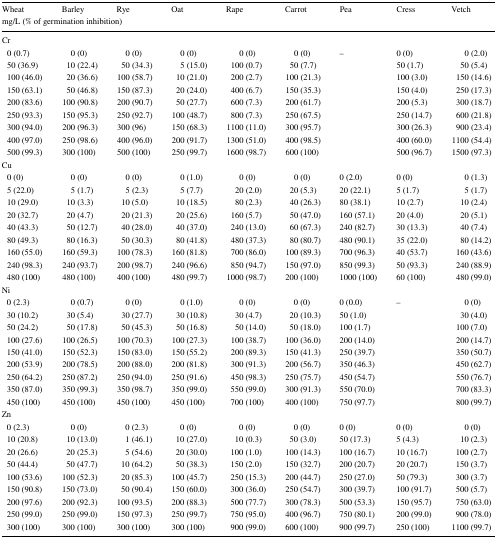
<table><thead><tr><td><b>Wheat</b></td><td><b>Barley</b></td><td><b>Rye</b></td><td><b>Oat</b></td><td><b>Rape</b></td><td><b>Carrot</b></td><td><b>Pea</b></td><td><b>Cress</b></td><td><b>Vetch</b></td></tr><tr><td colspan="9"><b>mg/L (% of germination inhibition)</b></td></tr></thead><tbody><tr><td colspan="9">Cr</td></tr><tr><td> 0 (0.7)</td><td>0 (0)</td><td>0 (0)</td><td>0 (0)</td><td>0 (0)</td><td>0 (0)</td><td>–</td><td>0 (0)</td><td>0 (2.0)</td></tr><tr><td> 50 (36.9)</td><td>10 (22.4)</td><td>50 (34.3)</td><td>5 (15.0)</td><td>100 (0.7)</td><td>50 (7.7)</td><td></td><td>50 (1.7)</td><td>50 (5.4)</td></tr><tr><td> 100 (46.0)</td><td>20 (36.6)</td><td>100 (58.7)</td><td>10 (21.0)</td><td>200 (2.7)</td><td>100 (21.3)</td><td></td><td>100 (3.0)</td><td>150 (14.6)</td></tr><tr><td> 150 (63.1)</td><td>50 (46.8)</td><td>150 (87.3)</td><td>20 (24.0)</td><td>400 (6.7)</td><td>150 (35.3)</td><td></td><td>150 (4.0)</td><td>250 (17.3)</td></tr><tr><td> 200 (83.6)</td><td>100 (90.8)</td><td>200 (90.7)</td><td>50 (27.7)</td><td>600 (7.3)</td><td>200 (61.7)</td><td></td><td>200 (5.3)</td><td>300 (18.7)</td></tr><tr><td> 250 (93.3)</td><td>150 (95.3)</td><td>250 (92.7)</td><td>100 (48.7)</td><td>800 (7.3)</td><td>250 (67.5)</td><td></td><td>250 (14.7)</td><td>600 (21.8)</td></tr><tr><td> 300 (94.0)</td><td>200 (96.3)</td><td>300 (96)</td><td>150 (68.3)</td><td>1100 (11.0)</td><td>300 (95.7)</td><td></td><td>300 (26.3)</td><td>900 (23.4)</td></tr><tr><td> 400 (97.0)</td><td>250 (98.6)</td><td>400 (96.0)</td><td>200 (91.7)</td><td>1300 (51.0)</td><td>400 (98.5)</td><td></td><td>400 (60.0)</td><td>1100 (54.4)</td></tr><tr><td> 500 (99.3)</td><td>300 (100)</td><td>500 (100)</td><td>250 (99.7)</td><td>1600 (98.7)</td><td>600 (100)</td><td></td><td>500 (96.7)</td><td>1500 (97.3)</td></tr><tr><td colspan="9">Cu</td></tr><tr><td> 0 (0)</td><td>0 (0)</td><td>0 (0)</td><td>0 (1.0)</td><td>0 (0)</td><td>0 (0)</td><td>0 (2.0)</td><td>0 (0)</td><td>0 (1.3)</td></tr><tr><td> 5 (22.0)</td><td>5 (1.7)</td><td>5 (2.3)</td><td>5 (7.7)</td><td>20 (2.0)</td><td>20 (5.3)</td><td>20 (22.1)</td><td>5 (1.7)</td><td>5 (1.7)</td></tr><tr><td> 10 (29.0)</td><td>10 (3.3)</td><td>10 (5.0)</td><td>10 (18.5)</td><td>80 (2.3)</td><td>40 (26.3)</td><td>80 (38.1)</td><td>10 (2.7)</td><td>10 (2.4)</td></tr><tr><td> 20 (32.7)</td><td>20 (4.7)</td><td>20 (21.3)</td><td>20 (25.6)</td><td>160 (5.7)</td><td>50 (47.0)</td><td>160 (57.1)</td><td>20 (4.0)</td><td>20 (5.1)</td></tr><tr><td> 40 (43.3)</td><td>50 (12.7)</td><td>40 (28.0)</td><td>40 (37.0)</td><td>240 (13.0)</td><td>60 (67.3)</td><td>240 (82.7)</td><td>30 (13.3)</td><td>40 (7.4)</td></tr><tr><td> 80 (49.3)</td><td>80 (16.3)</td><td>50 (30.3)</td><td>80 (41.8)</td><td>480 (37.3)</td><td>80 (80.7)</td><td>480 (90.1)</td><td>35 (22.0)</td><td>80 (14.2)</td></tr><tr><td> 160 (55.0)</td><td>160 (59.3)</td><td>100 (78.3)</td><td>160 (81.8)</td><td>700 (86.0)</td><td>100 (89.3)</td><td>700 (96.3)</td><td>40 (53.7)</td><td>160 (43.6)</td></tr><tr><td> 240 (98.3)</td><td>240 (93.7)</td><td>200 (98.7)</td><td>240 (96.6)</td><td>850 (94.7)</td><td>150 (97.0)</td><td>850 (99.3)</td><td>50 (93.3)</td><td>240 (88.9)</td></tr><tr><td> 480 (100)</td><td>480 (100)</td><td>400 (100)</td><td>480 (99.7)</td><td>1000 (98.7)</td><td>200 (100)</td><td>1000 (100)</td><td>60 (100)</td><td>480 (99.0)</td></tr><tr><td colspan="9">Ni</td></tr><tr><td> 0 (2.3)</td><td>0 (0.7)</td><td>0 (0)</td><td>0 (1.0)</td><td>0 (0)</td><td>0 (0)</td><td>0 (0.0)</td><td>–</td><td>0 (0)</td></tr><tr><td> 30 (10.2)</td><td>30 (5.4)</td><td>30 (27.7)</td><td>30 (10.8)</td><td>30 (4.7)</td><td>20 (10.3)</td><td>50 (1.0)</td><td></td><td>30 (4.0)</td></tr><tr><td> 50 (24.2)</td><td>50 (17.8)</td><td>50 (45.3)</td><td>50 (16.8)</td><td>50 (14.0)</td><td>50 (18.0)</td><td>100 (1.7)</td><td></td><td>100 (7.0)</td></tr><tr><td> 100 (27.6)</td><td>100 (26.5)</td><td>100 (70.3)</td><td>100 (27.3)</td><td>100 (38.7)</td><td>100 (36.0)</td><td>200 (14.0)</td><td></td><td>200 (14.7)</td></tr><tr><td> 150 (41.0)</td><td>150 (52.3)</td><td>150 (83.0)</td><td>150 (55.2)</td><td>200 (89.3)</td><td>150 (41.3)</td><td>250 (39.7)</td><td></td><td>350 (50.7)</td></tr><tr><td> 200 (53.9)</td><td>200 (78.5)</td><td>200 (88.0)</td><td>200 (81.8)</td><td>300 (91.3)</td><td>200 (56.7)</td><td>350 (46.3)</td><td></td><td>450 (62.7)</td></tr><tr><td> 250 (64.2)</td><td>250 (87.2)</td><td>250 (94.0)</td><td>250 (91.6)</td><td>450 (98.3)</td><td>250 (75.7)</td><td>450 (54.7)</td><td></td><td>550 (76.7)</td></tr><tr><td> 350 (87.0)</td><td>350 (99.3)</td><td>350 (98.7)</td><td>350 (99.0)</td><td>550 (99.0)</td><td>300 (91.3)</td><td>550 (70.0)</td><td></td><td>700 (83.3)</td></tr><tr><td> 450 (100)</td><td>450 (100)</td><td>450 (100)</td><td>450 (100)</td><td>700 (100)</td><td>400 (100)</td><td>750 (97.7)</td><td></td><td>800 (99.7)</td></tr><tr><td colspan="9">Zn</td></tr><tr><td> 0 (2.3)</td><td>0 (0)</td><td>0 (2.3)</td><td>0 (0)</td><td>0 (0)</td><td>0 (0)</td><td>0 (0)</td><td>0 (0)</td><td>0 (0)</td></tr><tr><td> 10 (20.8)</td><td>10 (13.0)</td><td>1 (46.1)</td><td>10 (27.0)</td><td>10 (0.3)</td><td>50 (3.0)</td><td>50 (17.3)</td><td>5 (4.3)</td><td>10 (2.3)</td></tr><tr><td> 20 (26.6)</td><td>20 (25.3)</td><td>5 (54.6)</td><td>20 (30.0)</td><td>100 (1.0)</td><td>100 (14.3)</td><td>100 (16.7)</td><td>10 (16.7)</td><td>100 (2.7)</td></tr><tr><td> 50 (44.4)</td><td>50 (47.7)</td><td>10 (64.2)</td><td>50 (38.3)</td><td>150 (2.0)</td><td>150 (32.7)</td><td>200 (20.7)</td><td>20 (20.7)</td><td>150 (3.7)</td></tr><tr><td> 100 (53.6)</td><td>100 (52.3)</td><td>20 (85.3)</td><td>100 (45.7)</td><td>250 (15.3)</td><td>200 (44.7)</td><td>250 (27.0)</td><td>50 (79.3)</td><td>300 (3.7)</td></tr><tr><td> 150 (90.8)</td><td>150 (73.0)</td><td>50 (90.4)</td><td>150 (60.0)</td><td>300 (36.0)</td><td>250 (54.7)</td><td>300 (39.7)</td><td>100 (91.7)</td><td>500 (5.7)</td></tr><tr><td> 200 (97.6)</td><td>200 (92.3)</td><td>100 (93.5)</td><td>200 (88.3)</td><td>500 (77.7)</td><td>300 (78.3)</td><td>500 (53.3)</td><td>150 (95.7)</td><td>750 (63.0)</td></tr><tr><td> 250 (99.0)</td><td>250 (99.0)</td><td>150 (97.3)</td><td>250 (99.7)</td><td>750 (95.0)</td><td>400 (96.7)</td><td>750 (80.1)</td><td>200 (99.0)</td><td>900 (78.0)</td></tr><tr><td> 300 (100)</td><td>300 (100)</td><td>300 (100)</td><td>300 (100)</td><td>900 (99.0)</td><td>600 (100)</td><td>900 (99.7)</td><td>250 (100)</td><td>1100 (99.7)</td></tr></tbody></table>